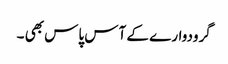
گرودوار ے کے آس پاس بھی ۔